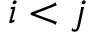
i < j